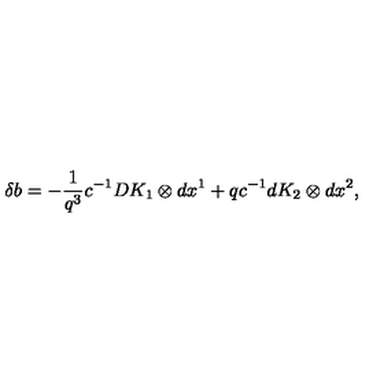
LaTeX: \delta b = - \frac { 1 } { q ^ { 3 } } c ^ { - 1 } D K _ { 1 } \otimes d x ^ { 1 } + q c ^ { - 1 } d K _ { 2 } \otimes d x ^ { 2 } ,